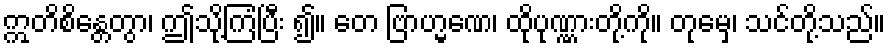
ဣတိစိန္တေတွာ၊ ဤသို့ကြံပြီး ၍။ တေ ဗြာဟ္မဏေ၊ ထိုပုဏ္ဏားတို့ကို။ တုမှေ၊ သင်တို့သည်။